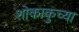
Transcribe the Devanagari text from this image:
शोकाकुच्या